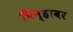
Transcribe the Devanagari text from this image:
चिन्हावर